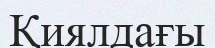
Қиялдағы